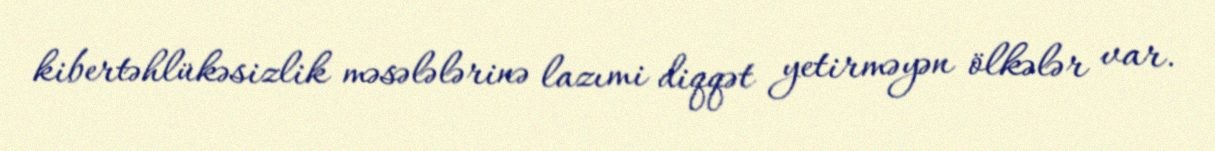
kibertəhlükəsizlik məsələlərinə lazımi diqqət yetirməyən ölkələr var.